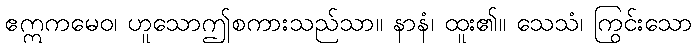
ဧဣကမေဝ၊ ဟူသောဤစကားသည်သာ။ နာနံ၊ ထူး၏။ သေသံ၊ ကြွင်းသော